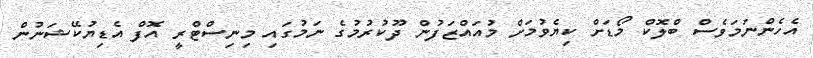
އެހެންނަމަވެސް ބްލޮކް މޯޑަށް ކިޔެވުމަށް މުއައްޒަފުން ދޫކުރުމުގެ ނަމުގައި މިނިސްޓްރީ އޮފް އެޑިޔުކޭޝަނުން